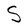
Character: S